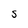
Character: S